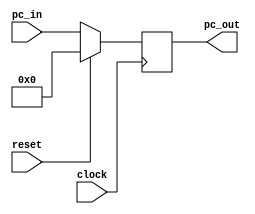
module PC
(pc_in,pc_out,clock,reset);

input [31:0] pc_in;
input clock, reset;
output reg [31:0] pc_out;
	
initial begin
	pc_out = 32'b00000000000000000000000000000000;
end
always@(posedge clock)
begin
if (reset)
	pc_out = 32'b00000000000000000000000000000000;
else
	pc_out = pc_in;
end
endmodule